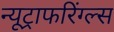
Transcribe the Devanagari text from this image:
न्यूट्राफरिंग्ल्स